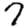
Digit: 7